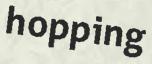
hopping